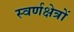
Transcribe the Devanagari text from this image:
स्वर्णक्षेत्रों